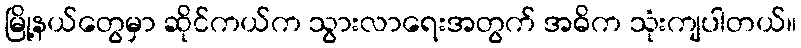
မြို့နယ်တွေမှာ ဆိုင်ကယ်က သွားလာရေးအတွက် အဓိက သုံးကျပါတယ်။